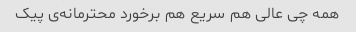
همه چی عالی هم سریع هم برخورد محترمانه‌ی پیک